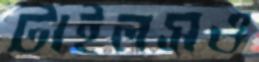
টাইলসও